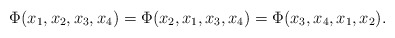
\begin{align*}\Phi(x_{1},x_{2},x_{3},x_{4}) =\Phi(x_{2},x_{1},x_{3},x_{4})=\Phi(x_{3},x_{4},x_{1},x_{2}).\end{align*}